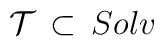
{\cal T} \, \subset \, Solv